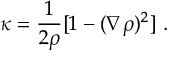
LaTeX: \kappa = \frac { 1 } { 2 \rho } [ 1 - ( \nabla \rho ) ^ { 2 } ] \ .